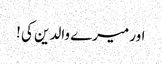
اور میرے والدین کی !